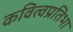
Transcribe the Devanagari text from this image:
कवित्वप्रतिभा